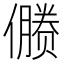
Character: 𰂻